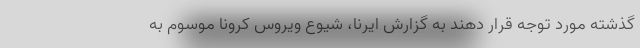
گذشته مورد توجه قرار دهند به گزارش ایرنا، شیوع ویروس کرونا موسوم به